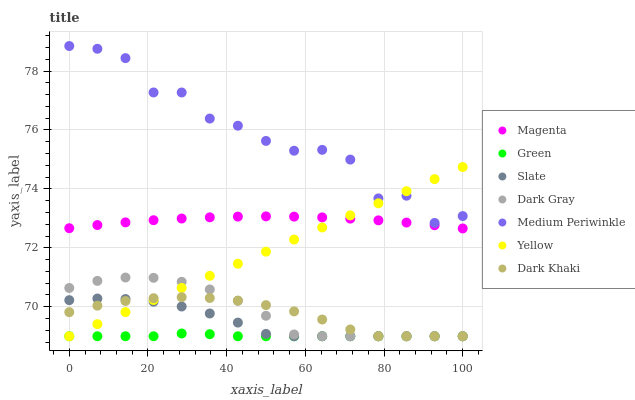
| xaxis_label | Magenta | Green | Slate | Dark Gray | Medium Periwinkle | Yellow | Dark Khaki |
 | --- | --- | --- | --- | --- | --- | --- | --- |
 | 0 | 72.7 | 69 | 70.2 | 70.6 | 78.8 | 69 | 69.8 |
 | 7.14 | 72.8 | 69 | 70.3 | 70.9 | 78.8 | 69.4 | 70 |
 | 14.3 | 72.9 | 69 | 70.3 | 71 | 78.4 | 69.8 | 70.2 |
 | 21.4 | 72.9 | 69 | 70.2 | 71 | 77.3 | 70.2 | 70.3 |
 | 28.6 | 73 | 69.1 | 70 | 70.8 | 77.3 | 70.6 | 70.3 |
 | 35.7 | 73 | 69.1 | 69.8 | 70.6 | 76.4 | 71.1 | 70.3 |
 | 42.9 | 73.1 | 69 | 69.5 | 70.2 | 76.1 | 71.5 | 70.2 |
 | 50 | 73.1 | 69 | 69.1 | 69.7 | 75.6 | 71.9 | 70.1 |
 | 57.1 | 73.1 | 69 | 69 | 69.1 | 75.3 | 72.3 | 69.8 |
 | 64.3 | 73 | 69 | 69 | 69 | 75.3 | 72.7 | 69.6 |
 | 71.4 | 73 | 69 | 69 | 69 | 75 | 73.1 | 69.2 |
 | 78.6 | 72.9 | 69 | 69 | 69 | 73.7 | 73.5 | 69 |
 | 85.7 | 72.9 | 69 | 69 | 69 | 73.8 | 73.9 | 69 |
 | 92.9 | 72.8 | 69 | 69 | 69 | 72.8 | 74.3 | 69 |
 | 100 | 72.7 | 69 | 69 | 69 | 73.1 | 74.7 | 69 |